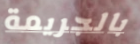
بالجريمة